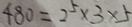
4 8 0 = 2 ^ { 5 } \times 3 \times 5